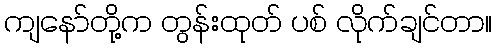
ကျနော်တို့က တွန်းထုတ် ပစ် လိုက်ချင်တာ။